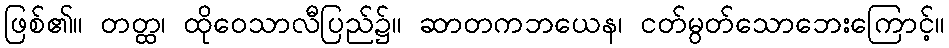
ဖြစ်၏။ တတ္ထ၊ ထိုဝေသာလီပြည်၌။ ဆာတကဘယေန၊ ငတ်မွတ်သောဘေးကြောင့်။